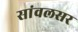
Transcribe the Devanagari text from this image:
सांवलसर